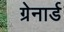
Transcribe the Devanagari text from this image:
ग्रेनार्ड